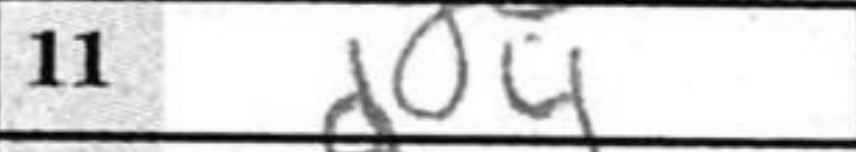
Transcription: d4